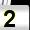
Digit: 2